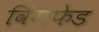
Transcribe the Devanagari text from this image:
विंगफेड